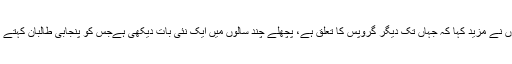
اُنھوں نے مزید کہا کہ جہاں تک دیگر گروپس کا تعلق ہے، پچھلے چند سالوں میں ایک نئی بات دیکھی ہےجس کو پنجابی طالبان کہتے ہیں۔